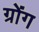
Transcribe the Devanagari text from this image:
ग्रोंग